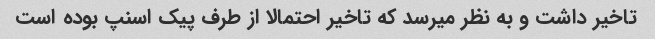
تاخیر داشت و به نظر میرسد که تاخیر احتمالا از طرف پیک اسنپ بوده است